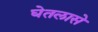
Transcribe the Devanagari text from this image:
घेतलासे